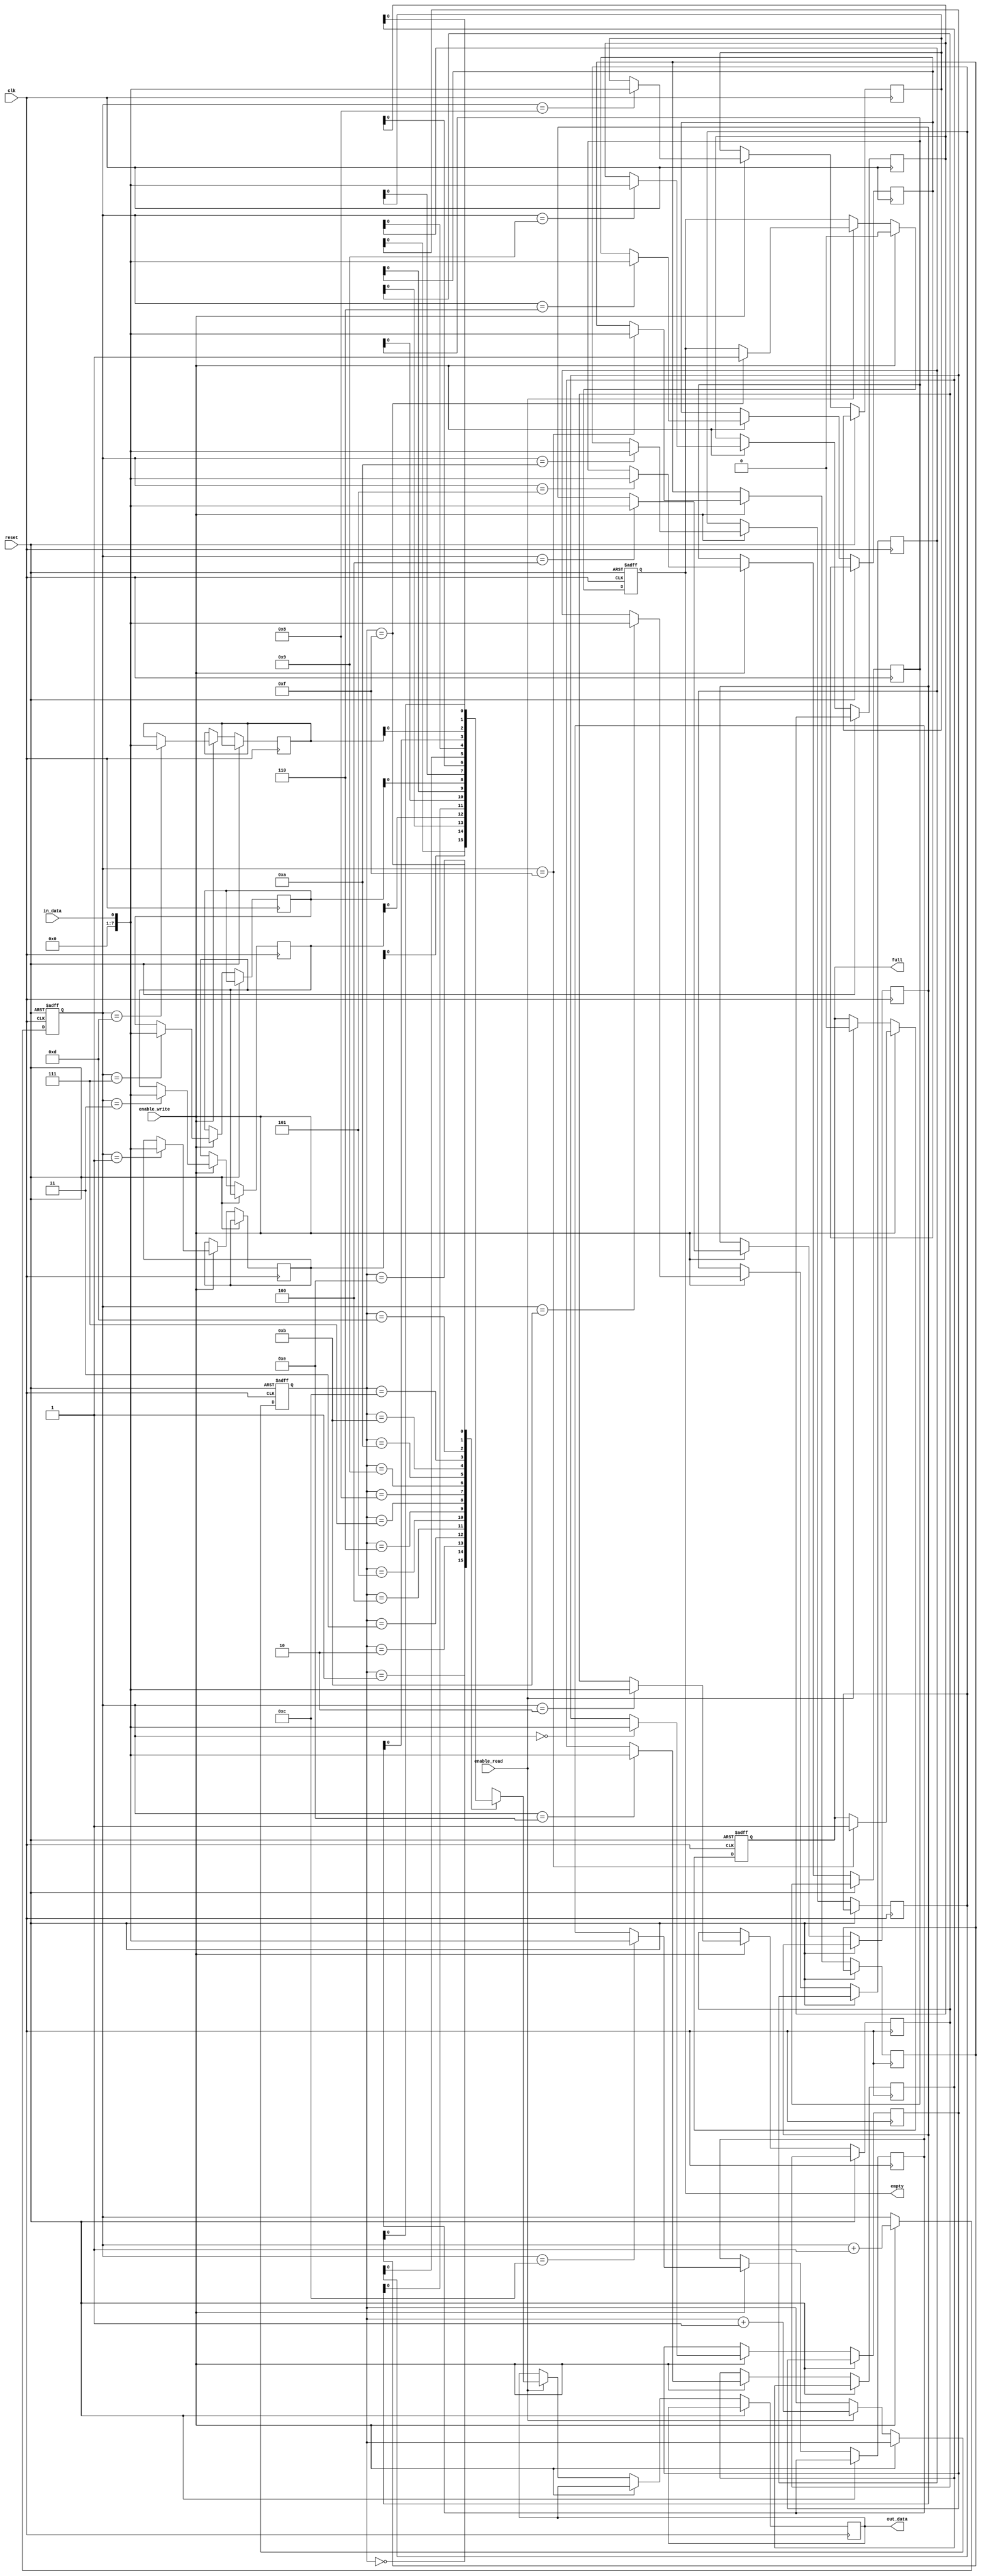
module bidirectional_fifo(
  input wire clk,
  input wire reset,
  input wire enable_write,
  input wire enable_read,
  input wire in_data,
  output reg out_data,
  output reg full,
  output reg empty
);

reg [7:0] fifo_memory [0:15];
reg [3:0] write_ptr;
reg [3:0] read_ptr;

always @(posedge clk or posedge reset) begin
  if (reset) begin
    write_ptr <= 4'b0000;
    read_ptr <= 4'b0000;
    full <= 1'b0;
    empty <= 1'b1;
  end else begin
    if (enable_write) begin
      fifo_memory[write_ptr] <= in_data;
      write_ptr <= write_ptr + 1;
      if (write_ptr == 4'b1111) begin
        full <= 1'b1;
      end
      empty <= 1'b0;
    end else if (enable_read) begin
      out_data <= fifo_memory[read_ptr];
      read_ptr <= read_ptr + 1;
      if (read_ptr == 4'b1111) begin
        empty <= 1'b1;
      end
      full <= 1'b0;
    end
  end
end

endmodule